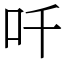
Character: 吀